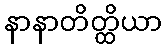
နာနာတိတ္ထိယာ